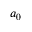
a _ { 0 }